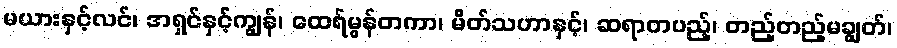
မယားနှင့်လင်၊ အရှင်နှင့်ကျွန်၊ ထေရ်မွန်တကာ၊ မိတ်သဟာနှင့်၊ ဆရာတပည့်၊ တည့်တည့်မချွတ်၊